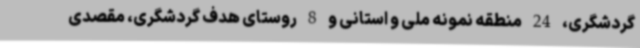
گردشگری، 24 منطقه نمونه ملی و استانی و 8 روستای هدف گردشگری، مقصدی